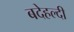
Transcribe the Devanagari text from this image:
बदेहल्दी